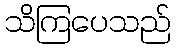
သိကြပေသည်